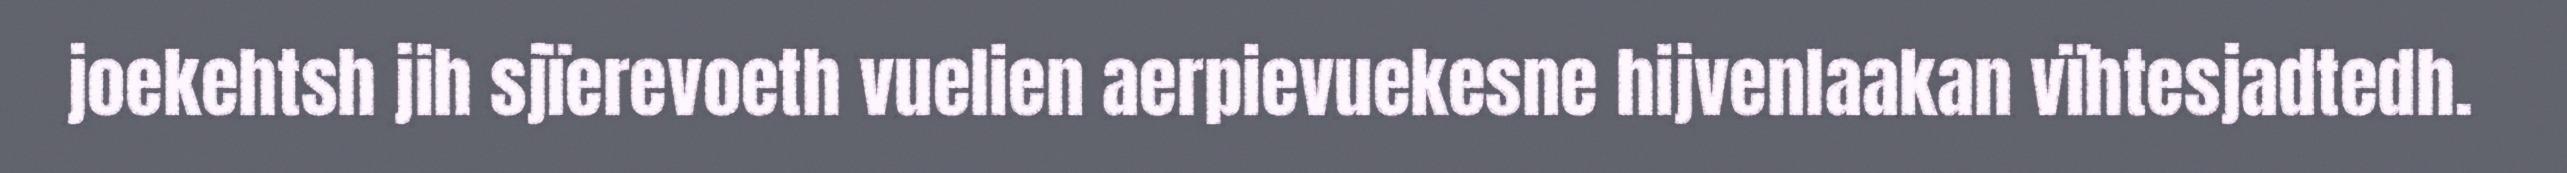
joekehtsh jih sjïerevoeth vuelien aerpievuekesne hijvenlaakan vïhtesjadtedh.